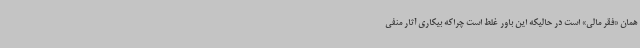
همان «فقر مالی» است در حالیکه این باور غلط است چراکه بیکاری آثار منفی